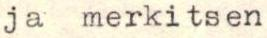
ja merkitsen